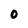
Character: 0